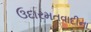
ઉદારમતવાદીના